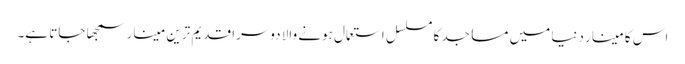
اس کا مینار دنیا میں مساجد کا مسلسل استعمال ہونے والا دوسرا قدیم ترین مینار سمجھا جاتا ہے۔